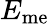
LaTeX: E_{\mathrm{me}}